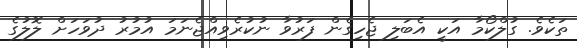
ތަކެވެ. ގުލްކޯމާ އަކީ އެބަލި ޖެހިގެން ފަރުވާ ނުކުރެވިއްޖެނަމަ އުމުރު ދުވަހަށް ލޮލުގެ